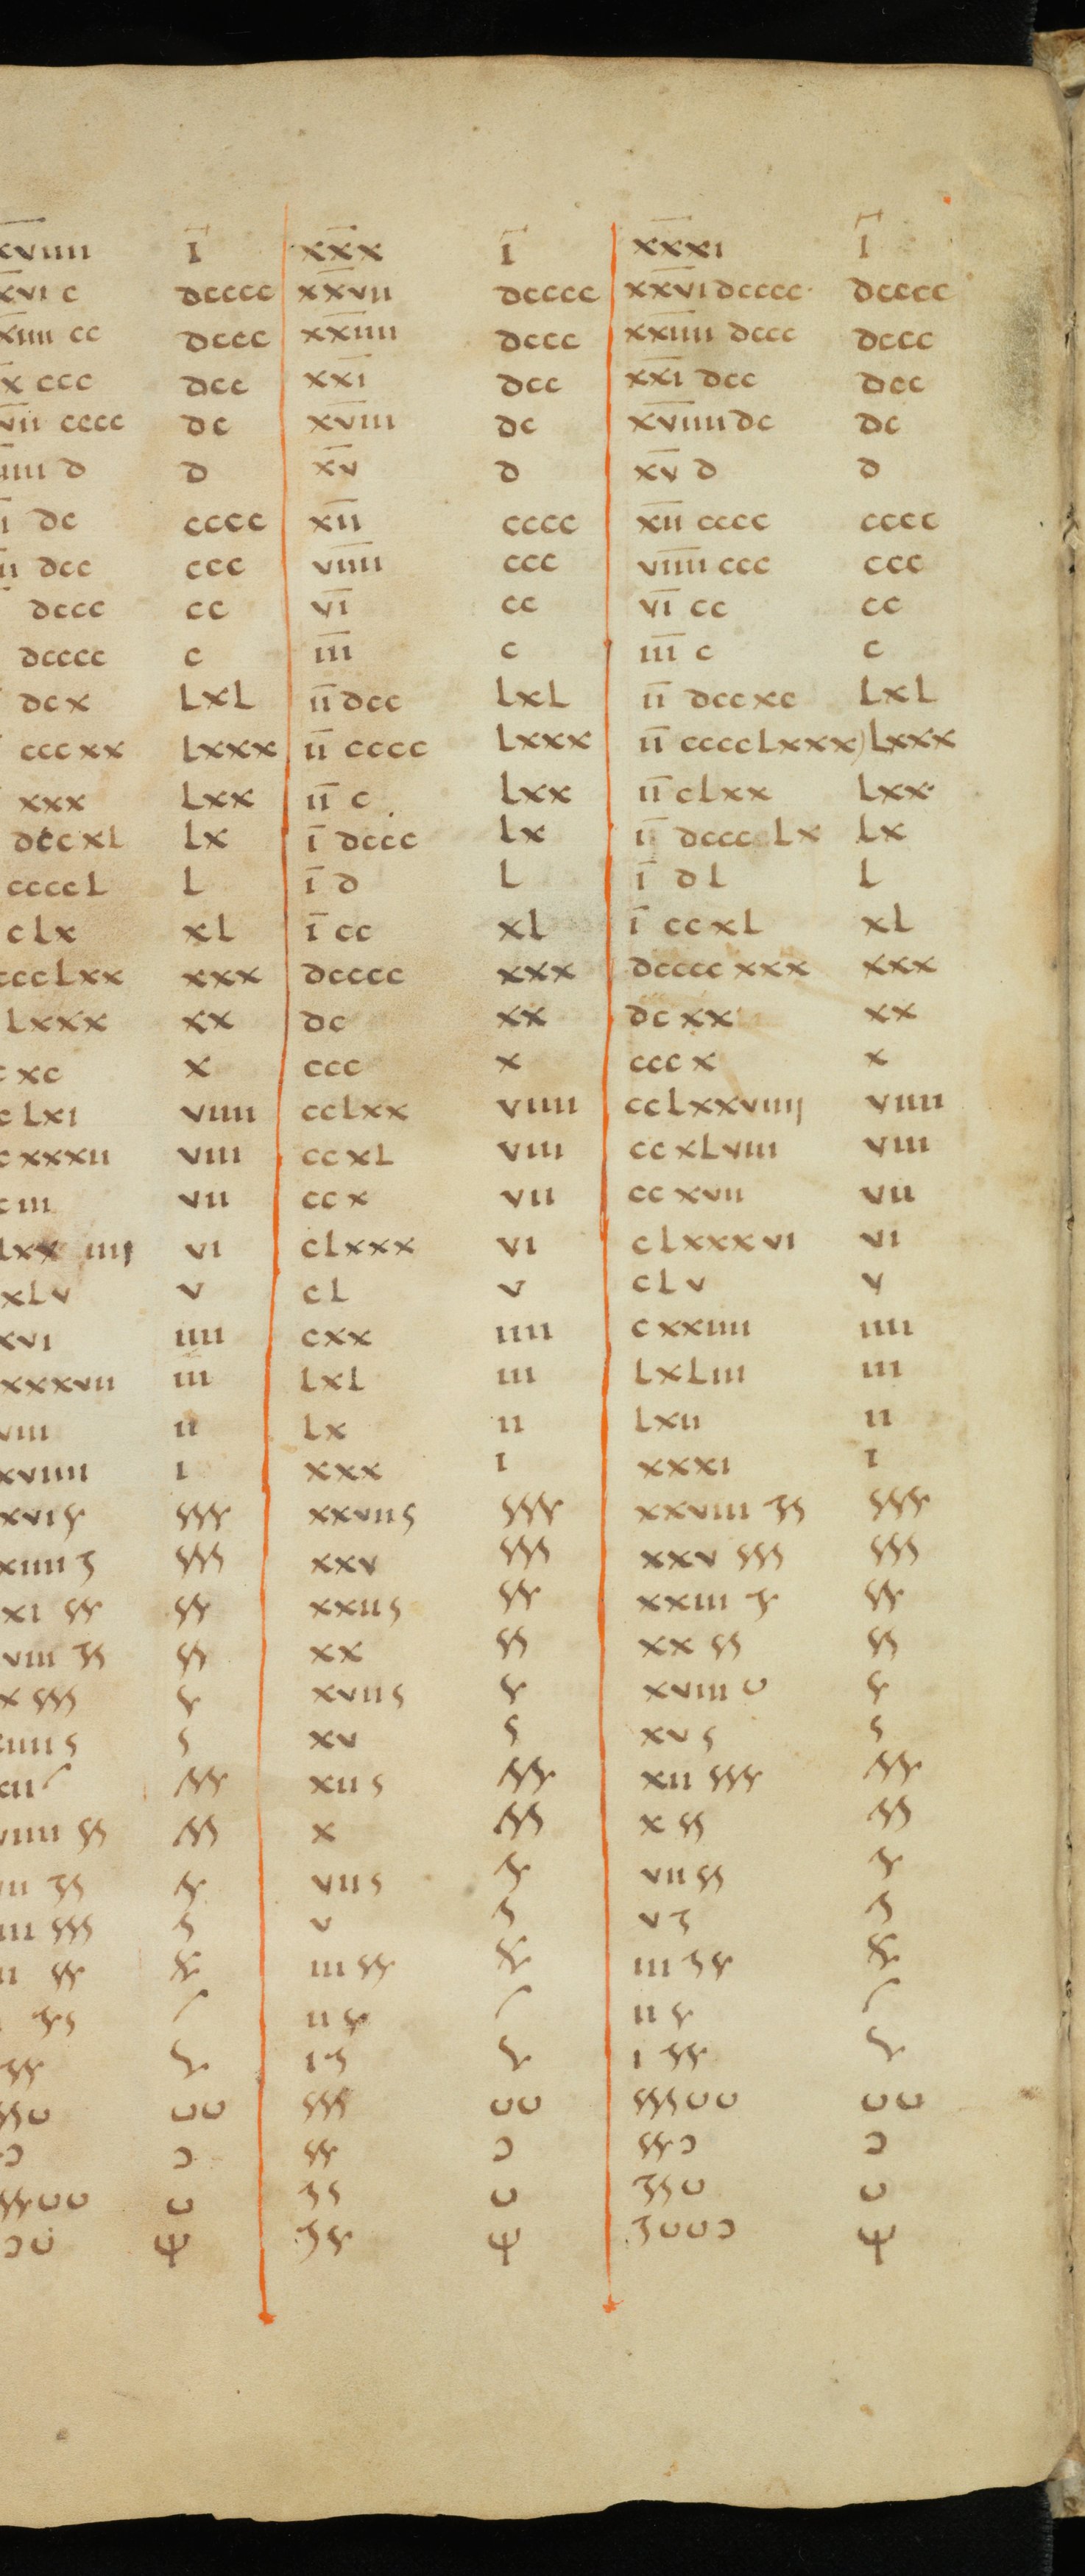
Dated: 821–851